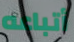
أتباعه